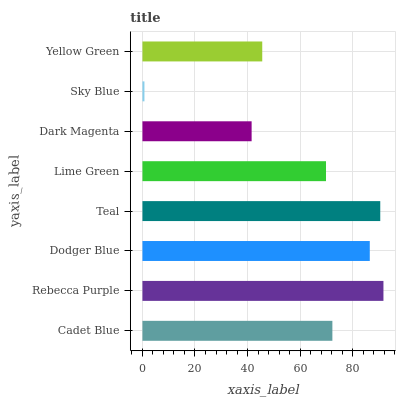
| yaxis_label | bars |
 | --- | --- |
 | Cadet Blue | 72.3 |
 | Rebecca Purple | 91.7 |
 | Dodger Blue | 86.5 |
 | Teal | 90.5 |
 | Lime Green | 69.9 |
 | Dark Magenta | 41.6 |
 | Sky Blue | 0.761 |
 | Yellow Green | 45.6 |